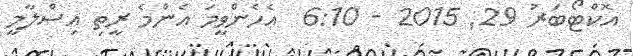
އޮކްޓޯބަރު 29